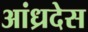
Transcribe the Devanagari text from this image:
आंध्रदेस